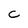
Character: C